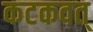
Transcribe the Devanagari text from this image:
कटकवत्